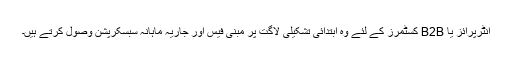
انٹرپرائز یا B2B کسٹمرز کے لئے وہ ابتدائی تشکیلی لاگت پر مبنی فیس اور جاریہ ماہانہ سبسکرپشن وصول کرتے ہیں۔